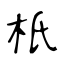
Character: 𣏚